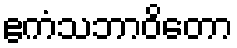
ဧကံသဘာဝိတော